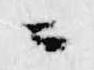
ニ